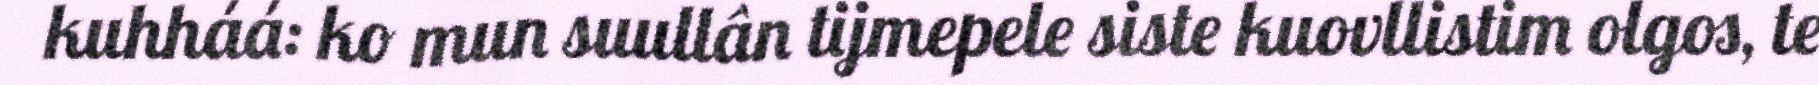
kuhháá: ko mun suullân tijmepele siste kuovllistim olgos, te